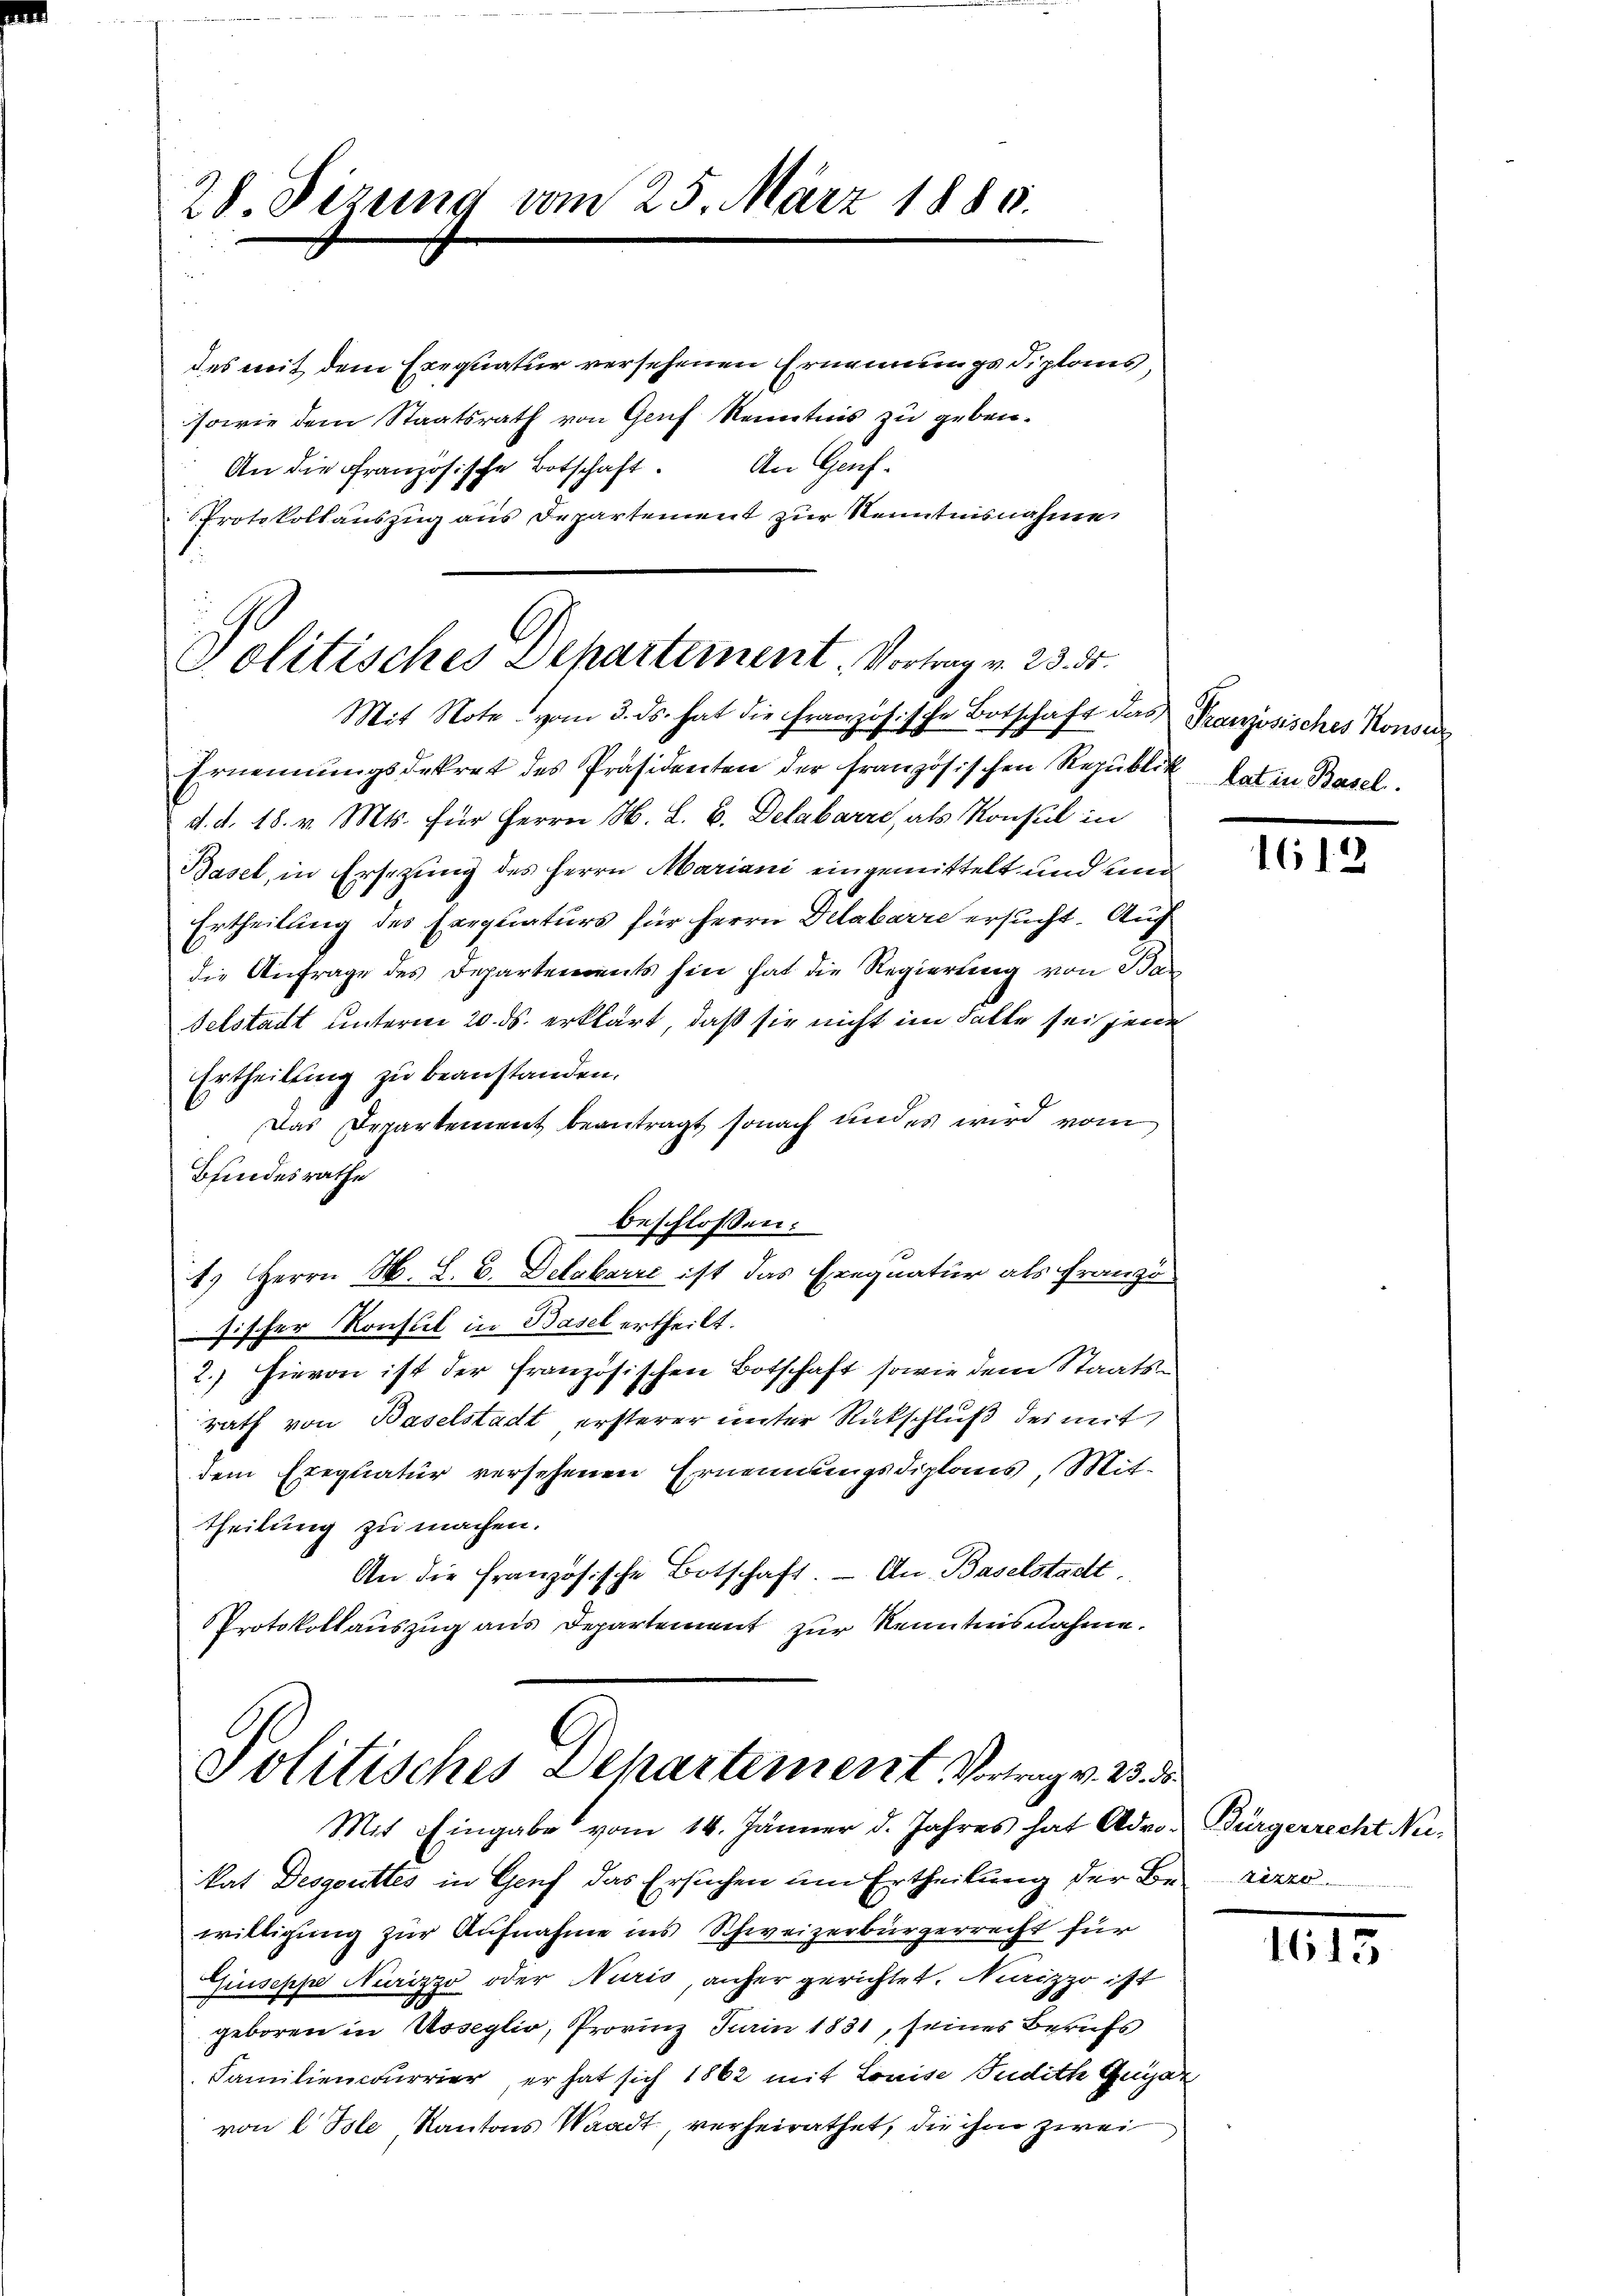
28 Sizung vom 25. März 1880.

Politisches Departement. Vortrag v. 23. d.
Mit Note vom 3. ds. hat die Franzözösische Botschaft des Französisches Konse

des mit dem Exequatur versehenen Ernennungs diplans,
sowie dem Staatsrath von Genf Kenntnis zu geben.
An Genf.
An die Französische Botschaft.
Protokollauszug aus Departement zur Kenntnisnahme

Politisches Departement Vortrag v. 23. d.
Mit Eingabe vom 16. Jänner d. Jahres hat Adro- Bürgerrecht Ne¬

Ernennungsdekret des Präsidenten der französischen Republik hat in Basel.
d. d. 18. v. Mts. für Herrn H. L. B. Delabarre, als Konsul in
Basel, in Ersezung des Herrn Mariani eingemittelt und man
Ertheilung des Exequaturs für Herrn Delabarre ersucht. Auf
die Anfrage des Departements hin hat die Regierung von Ba¬
Felstadt unterm 20. ds. erklärt, daß sie nicht im Falle seigene
Ertheilung zu beanstanden.
Das Departement beantragt, sonach und es wird vom
Bfindesrathe
beschlossen:
1.) Herrn H. L. B. Detabarre ist das Eregnatur als Franzö
ösischer Konsul in Basel ertheilt.
2.) Hievon ist der französischen Botschaft sowie dem Staatsrath von Baselstadt ersterer unter Rückschluß der mit
dem Erequatur versehenen Ernennungsdiplaus, Mit-
Theilung zu machen.
An die französische Botschaft. — An Baselstadt.
Protokollauszug aus Departement zur Kenntnisnahme.

kat Desgottes in Genf das Ersuchen um Ertheilung der Be- riere
willigung zur Aufnahme ins Schweizerbürgerrecht für
Guiseppe Nurizzo oder Nuris, anher gerichtet. Nizzo ist
geboren in Usseglio, Provinz Jurin 1831, seines Berufs
Familiencurrier, er hat sich 1862 mit Louise Judith Gugan
von 2 Tole, Kantons Waadt, verheirathet, die ihm zwei

1612

III.